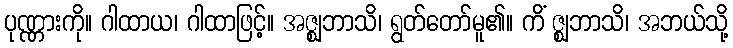
ပုဏ္ဏားကို။ ဂါထာယ၊ ဂါထာဖြင့်။ အဇ္ဈဘာသိ၊ ရွတ်တော်မူ၏။ ကိံ ဇ္ဈဘာသိ၊ အဘယ်သို့